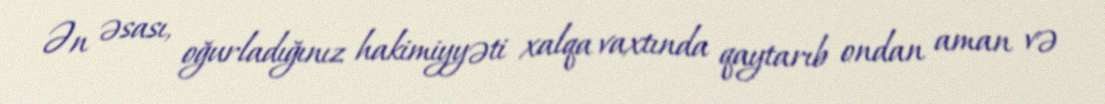
Ən əsası, oğurladığınız hakimiyyəti xalqa vaxtında qaytarıb ondan aman və